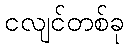
ငလျင်တစ်ခု